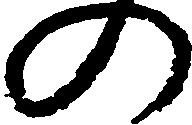
の